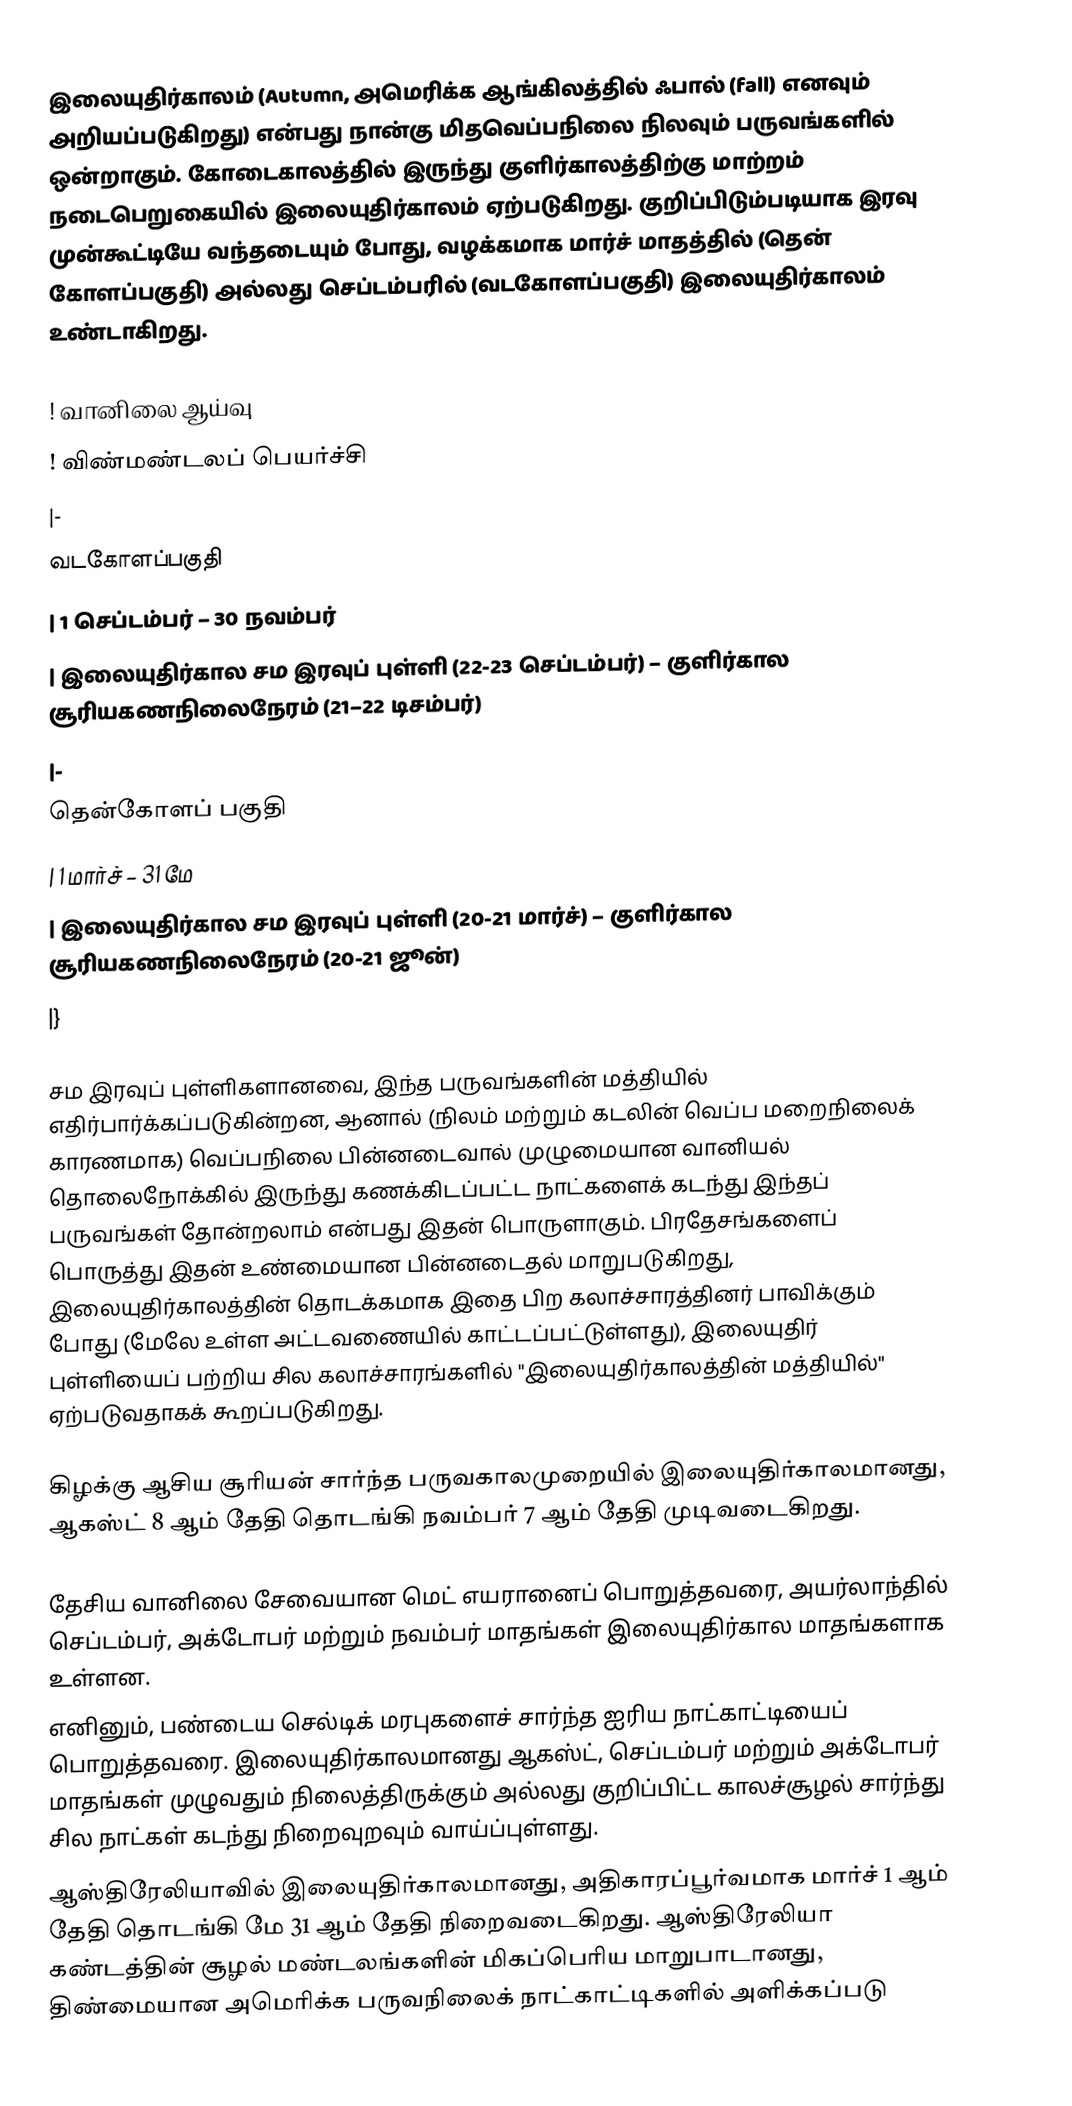
இலையுதிர்காலம் (Autumn, அமெரிக்க ஆங்கிலத்தில் ஃபால் (fall) எனவும் அறியப்படுகிறது) என்பது நான்கு மிதவெப்பநிலை நிலவும் பருவங்களில் ஒன்றாகும். கோடைகாலத்தில் இருந்து குளிர்காலத்திற்கு மாற்றம் நடைபெறுகையில் இலையுதிர்காலம் ஏற்படுகிறது. குறிப்பிடும்படியாக இரவு முன்கூட்டியே வந்தடையும் போது, வழக்கமாக மார்ச் மாதத்தில் (தென் கோளப்பகுதி) அல்லது செப்டம்பரில் (வடகோளப்பகுதி) இலையுதிர்காலம் உண்டாகிறது.

! வானிலை ஆய்வு
! விண்மண்டலப் பெயர்ச்சி
|-
வடகோளப்பகுதி
| 1 செப்டம்பர் – 30 நவம்பர்
| இலையுதிர்கால சம இரவுப் புள்ளி (22-23 செப்டம்பர்) – குளிர்கால சூரியகணநிலைநேரம் (21–22 டிசம்பர்)
|-
தென்கோளப் பகுதி
| 1 மார்ச் – 31 மே
| இலையுதிர்கால சம இரவுப் புள்ளி (20-21 மார்ச்) – குளிர்கால சூரியகணநிலைநேரம் (20-21 ஜூன்)
|}

சம இரவுப் புள்ளிகளானவை, இந்த பருவங்களின் மத்தியில் எதிர்பார்க்கப்படுகின்றன, ஆனால் (நிலம் மற்றும் கடலின் வெப்ப மறைநிலைக் காரணமாக) வெப்பநிலை பின்னடைவால் முழுமையான வானியல் தொலைநோக்கில் இருந்து கணக்கிடப்பட்ட நாட்களைக் கடந்து இந்தப் பருவங்கள் தோன்றலாம் என்பது இதன் பொருளாகும். பிரதேசங்களைப் பொருத்து இதன் உண்மையான பின்னடைதல் மாறுபடுகிறது, இலையுதிர்காலத்தின் தொடக்கமாக இதை பிற கலாச்சாரத்தினர் பாவிக்கும் போது (மேலே உள்ள அட்டவணையில் காட்டப்பட்டுள்ளது), இலையுதிர் புள்ளியைப் பற்றிய சில கலாச்சாரங்களில் "இலையுதிர்காலத்தின் மத்தியில்" ஏற்படுவதாகக் கூறப்படுகிறது.

கிழக்கு ஆசிய சூரியன் சார்ந்த பருவகாலமுறையில் இலையுதிர்காலமானது, ஆகஸ்ட் 8 ஆம் தேதி தொடங்கி நவம்பர் 7 ஆம் தேதி முடிவடைகிறது.

தேசிய வானிலை சேவையான மெட் எயரானைப் பொறுத்தவரை, அயர்லாந்தில் செப்டம்பர், அக்டோபர் மற்றும் நவம்பர் மாதங்கள் இலையுதிர்கால மாதங்களாக உள்ளன.
எனினும், பண்டைய செல்டிக் மரபுகளைச் சார்ந்த ஐரிய நாட்காட்டியைப் பொறுத்தவரை. இலையுதிர்காலமானது ஆகஸ்ட், செப்டம்பர் மற்றும் அக்டோபர் மாதங்கள் முழுவதும் நிலைத்திருக்கும் அல்லது குறிப்பிட்ட காலச்சூழல் சார்ந்து சில நாட்கள் கடந்து நிறைவுறவும் வாய்ப்புள்ளது.
ஆஸ்திரேலியாவில் இலையுதிர்காலமானது, அதிகாரப்பூர்வமாக மார்ச் 1 ஆம் தேதி தொடங்கி மே 31 ஆம் தேதி நிறைவடைகிறது. ஆஸ்திரேலியா கண்டத்தின் சூழல் மண்டலங்களின் மிகப்பெரிய மாறுபாடானது, திண்மையான அமெரிக்க பருவநிலைக் நாட்காட்டிகளில் அளிக்கப்படு